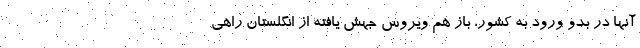
آنها در بدو ورود به کشور، باز هم ویروس جهش یافته از انگلستان راهی